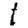
Digit: 1